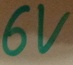
Text: 6V